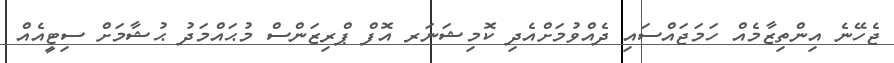
ޖެހޭނެ އިންތިޒާމެއް ހަމަޖައްސައި ދެއްވުމަށްއެދި ކޮމިޝަނަރ އޮފް ޕްރިޒަންސް މުޙައްމަދު ޙުޝާމަށް ސިޓީއެއް